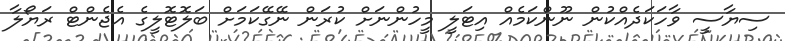
ސިޔާސީ ވާހަކަދެއްކުން ނޫންކަމެއް އިޓަލީ މީހުންނަށް ކުރަން ނޭގޭކަމަށް ބަލޮޓޮލީގެ އެޖެންޓް ރަޔޯލާ